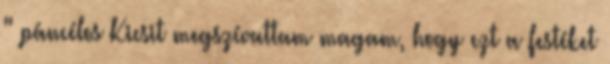
" páncélos Kicsit megszívattam magam, hogy ezt a festéket